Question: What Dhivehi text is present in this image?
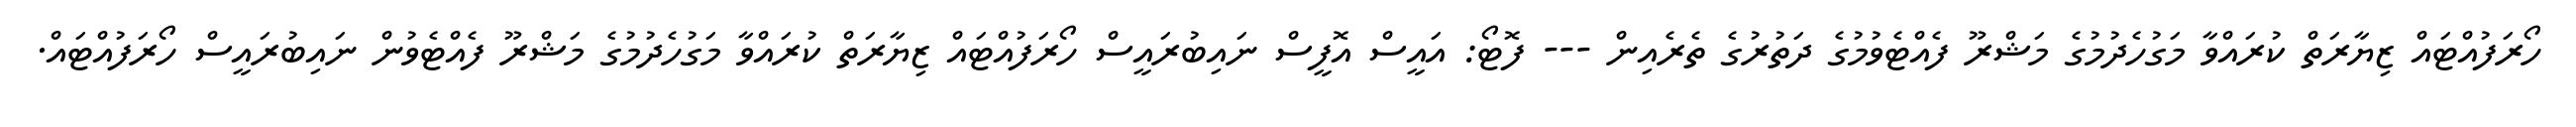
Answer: ހޯރަފުއްޓައް ޒިޔާރަތް ކުރައްވާ މަގުހެދުމުގެ މަޝްރޫ ފެއްޓެވުމުގެ ދަތުރުގެ ތެރެއިން --- ފޮޓޯ: އައީސް އޮފީސް ނައިބުރައީސް ހޯރަފުއްޓައް ޒިޔާރަތް ކުރައްވާ މަގުހެދުމުގެ މަޝްރޫ ފެއްޓެވުން ނައިބުރައީސް ހޯރަފުއްޓައް.